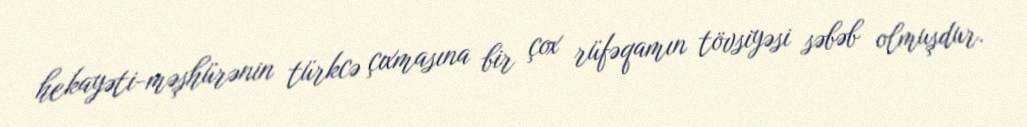
hekayəti-məşhürənin türkcə çıxmasına bir çox rüfəqamın tövsiyəsi səbəb olmuşdur.